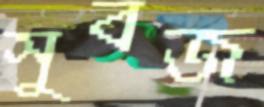
সুবজ